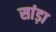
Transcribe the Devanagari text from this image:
सांड़ा